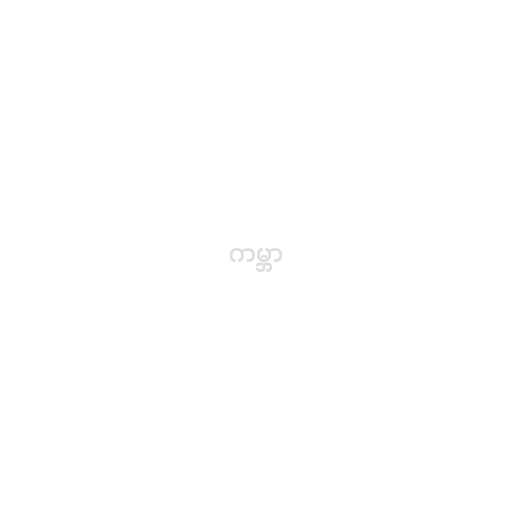
ကမ္ဘာ